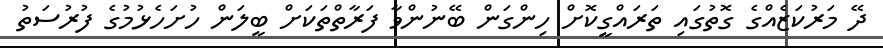
ދޭ މަރުކަޒެއްގެ ގޮތުގައި ތަރައްގީކޮށް ހިންގަން ބޭނުންވާ ފަރާތްތަކަށް ބީލަން ހުށަހެޅުމުގެ ފުރުސަތު